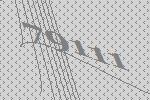
79111